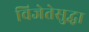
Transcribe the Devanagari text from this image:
विजेतेसुद्धा